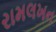
રામલખન